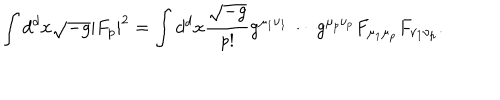
\int d ^ { d } x \sqrt { - g } | F _ { p } | ^ { 2 } = \int d ^ { d } x { \frac { \sqrt { - g } } { p ! } } g ^ { \mu _ { 1 } \nu _ { 1 } } \cdots g ^ { \mu _ { p } \nu _ { p } } F _ { \mu _ { 1 } \mu _ { p } } F _ { \nu _ { 1 } \nu _ { p } } .